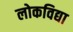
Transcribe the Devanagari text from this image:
लोकविद्या